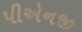
પીએનજી